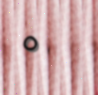
٥